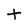
Character: t